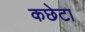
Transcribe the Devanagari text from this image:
कछेटा